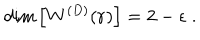
\mathrm { d i m } \left[ W ^ { ( { D } ) } ( { \bf r } ) \right] = 2 - \epsilon \; .